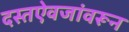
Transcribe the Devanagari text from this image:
दस्तऐवजांवरून